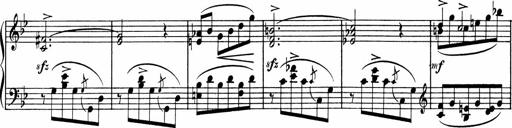
Title: Sonatine pour piano
Composer: Albert Roussel